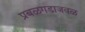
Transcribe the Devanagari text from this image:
प्रबळगडाजवळ